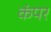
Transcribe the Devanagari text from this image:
कंपर